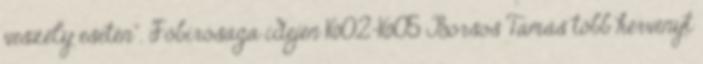
veszély esetén”. Főbírósága idején 1602–1605 Borsos Tamás több kérvényt